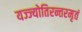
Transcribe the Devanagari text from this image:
यज्ज्योतिरन्तरमृतं